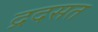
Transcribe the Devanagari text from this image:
द्रदसत